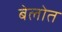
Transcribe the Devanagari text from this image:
बेलोत